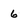
Character: 6